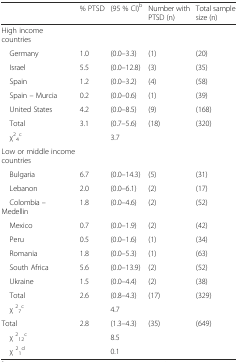
|  | % PTSD | (95 % CI)b | Number with PTSD (n) | Total sample size (n) |
 | --- | --- | --- | --- | --- |
 | High income countries |  |  |  |  |
 | Germany | 1.0 | (0.0–3.3) | (1) | (20) |
 | Israel | 5.5 | (0.0–12.8) | (3) | (35) |
 | Spain | 1.2 | (0.0–3.2) | (4) | (58) |
 | Spain – Murcia | 0.2 | (0.0–0.6) | (1) | (39) |
 | United States | 4.2 | (0.0–8.5) | (9) | (168) |
 | Total | 3.1 | (0.7–5.6) | (18) | (320) |
 | χ24c |  | 3.7 |  |  |
 | <COLSPAN=2> Low or middle income countries |  |  |  |
 | Bulgaria | 6.7 | (0.0–14.3) | (5) | (31) |
 | Lebanon | 2.0 | (0.0–6.1) | (2) | (17) |
 | Colombia – Medellin | 1.8 | (0.0–4.6) | (2) | (52) |
 | Mexico | 0.7 | (0.0–1.9) | (2) | (42) |
 | Peru | 0.5 | (0.0–1.6) | (1) | (34) |
 | Romania | 1.8 | (0.0–5.3) | (1) | (63) |
 | South Africa | 5.6 | (0.0–13.9) | (2) | (52) |
 | Ukraine | 1.5 | (0.0–4.4) | (2) | (38) |
 | Total | 2.6 | (0.8–4.3) | (17) | (329) |
 | χ 27c |  | 4.7 |  |  |
 | Total | 2.8 | (1.3–4.3) | (35) | (649) |
 | χ 212c |  | 8.5 |  |  |
 | χ 21d |  | 0.1 |  |  |